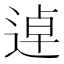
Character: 逴